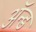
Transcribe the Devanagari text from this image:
ॲन्‍ड